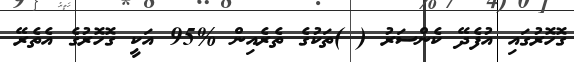
ގޮހޮރުގައި އުފެދޭ ކެންސަރު ( )ތަކުގެ ތެރެއިން %95 އަކީ ގޮހޮރުގެ އެތެރޭ